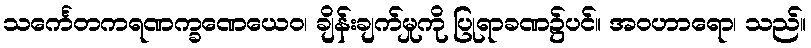
သင်္ကေတကရဏက္ခဏေယေဝ၊ ချိန်းချက်မှုကို ပြုရာခဏ၌ပင်။ အဝဟာရော၊ သည်။